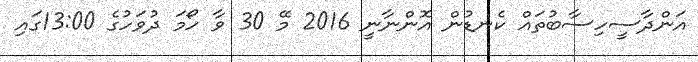
އަންދާސީހިސާބުތައް ކެނޑުން އޮންނާނީ 2016 މޭ 30 ވާ ހޯމަ ދުވަހުގެ 13:00ގައި